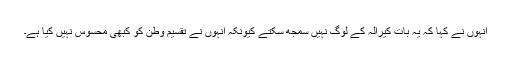
انہوں نے کہا کہ یہ بات کیرالہ کے لوگ نہیں سمجھ سکتے کیونکہ انہوں نے تقسیم وطن کو کبھی محسوس نہیں کیا ہے۔